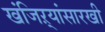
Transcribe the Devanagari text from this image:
खंजिऱ्यांसारखी